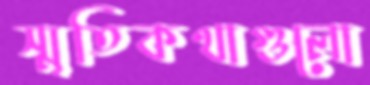
স্মৃতিকথাগুলো